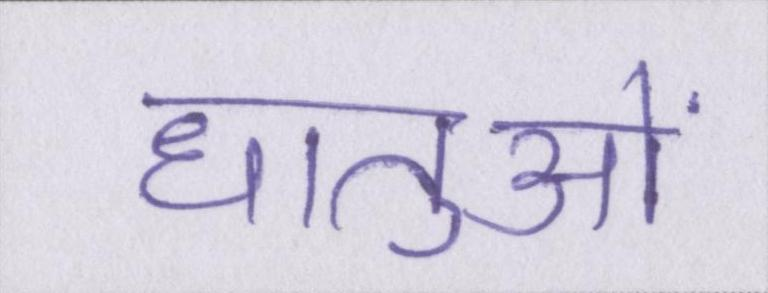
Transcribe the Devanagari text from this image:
धातुओं